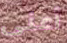
أعنى